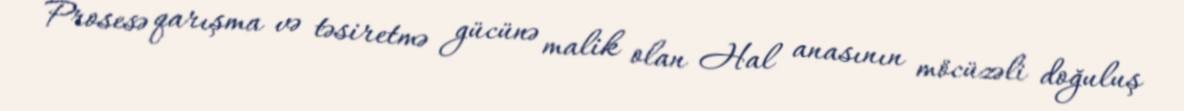
Prosesə qarışma və təsiretmə gücünə malik olan Hal anasının möcüzəli doğuluş